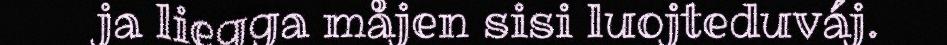
ja liegga måjen sisi luojteduváj.